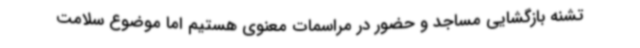
تشنه بازگشایی مساجد و حضور در مراسمات معنوی هستیم اما موضوع سلامت